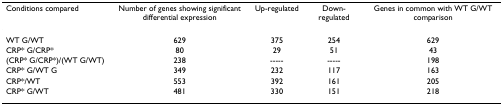
<table><thead><tr><td><b>Conditions compared</b></td><td><b>Number of genes showing significant differential expression</b></td><td><b>Up-regulated</b></td><td><b>Down-regulated</b></td><td><b>Genes in common with WT G/WT comparison</b></td></tr></thead><tbody><tr><td>WT G/WT</td><td>629</td><td>375</td><td>254</td><td>629</td></tr><tr><td>CRP* G/CRP*</td><td>80</td><td>29</td><td>51</td><td>43</td></tr><tr><td>(CRP* G/CRP*)/(WT G/WT)</td><td>238</td><td>-----</td><td>-----</td><td>198</td></tr><tr><td>CRP* G/WT G</td><td>349</td><td>232</td><td>117</td><td>163</td></tr><tr><td>CRP*/WT</td><td>553</td><td>392</td><td>161</td><td>205</td></tr><tr><td>CRP* G/WT</td><td>481</td><td>330</td><td>151</td><td>218</td></tr></tbody></table>